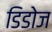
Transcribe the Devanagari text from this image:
डिडोज